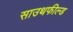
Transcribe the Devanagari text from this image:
साउथफील्ड